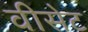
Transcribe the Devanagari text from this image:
वीसेट